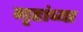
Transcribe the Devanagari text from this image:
गृहांच्या